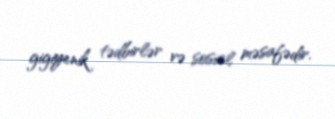
gigiyenik tədbirlər və sosial məsafədir.